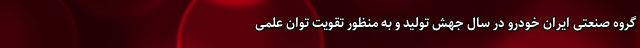
گروه صنعتی ایران خودرو در سال جهش تولید و به منظور تقویت توان علمی